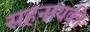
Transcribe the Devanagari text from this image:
सहनायकी